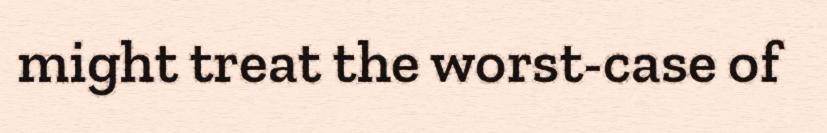
might treat the worst-case of